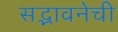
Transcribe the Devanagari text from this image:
सद्भावनेची